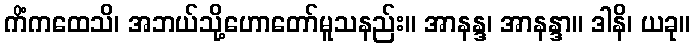
ကိံကထေသိ၊ အဘယ်သို့ဟောတော်မူသနည်း။ အာနန္ဒ၊ အာနန္ဒာ။ ဒါနိ၊ ယခု။